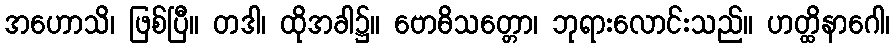
အဟောသိ၊ ဖြစ်ပြီ။ တဒါ၊ ထိုအခါ၌။ ဗောဓိသတ္တော၊ ဘုရားလောင်းသည်။ ဟတ္ထိနာဂေါ၊